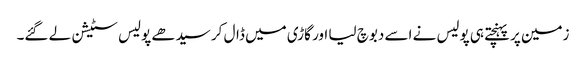
زمین پر پہنچتے ہی پولیس نے اسے دبوچ لیا اور گاڑی میں ڈال کر سیدھے پولیس سٹیشن لے گئے۔